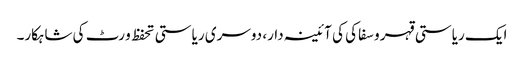
ایک ریاستی قہر و سفاکی کی آئینہ دار، دوسری ریاستی تحفظ و رٹ کی شاہکار۔